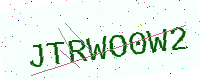
Text: JTRWO0W2